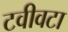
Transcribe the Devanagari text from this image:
टवीवटा